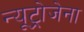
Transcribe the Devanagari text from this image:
न्यूट्रोजेना